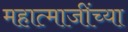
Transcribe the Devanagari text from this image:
महात्माजींच्या